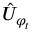
{ \hat { U } } _ { \varphi _ { t } }